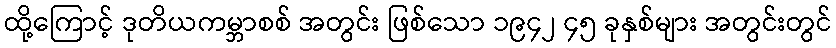
ထို့ကြောင့် ဒုတိယကမ္ဘာစစ် အတွင်း ဖြစ်သော ၁၉၄၂ ၄၅ ခုနှစ်များ အတွင်းတွင်